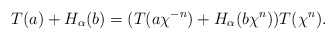
\begin{align*} T(a)+H_{\alpha}(b)=(T(a \chi^{-n})+H_{\alpha}(b \chi^n)) T(\chi^n). \end{align*}